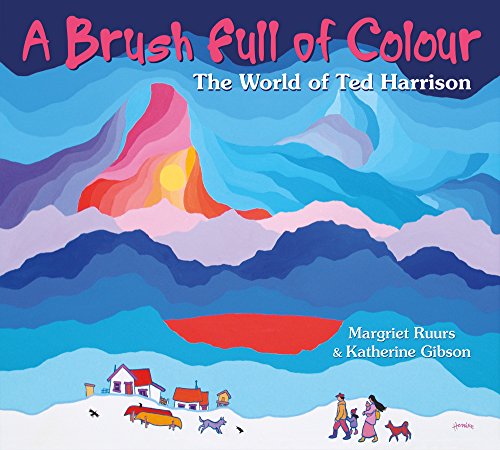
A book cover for A Brush Full of Colour: The World of Ted Harrison; Margriet Ruurs; Children's Books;